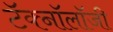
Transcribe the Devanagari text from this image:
टॅक्नॉलॉजी